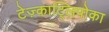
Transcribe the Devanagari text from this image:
टेज़्काट्लिपोका